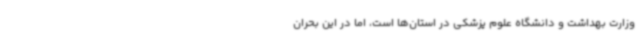
وزارت بهداشت و دانشگاه علوم پزشکی در استان‌ها است، اما در این بحران